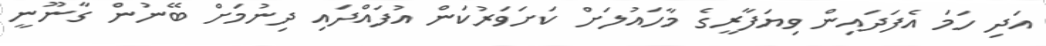
އަދި ހަމަ އެފަދައިން ވިޔަފާރީގެ މާހައުލަށް ކަށަވަރުކަން އުފައްދައި ދިނުމަށް ބޭނުން ގާނޫނީ